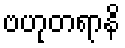
ဗဟုတရာနိ